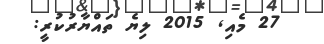
27 މެއި